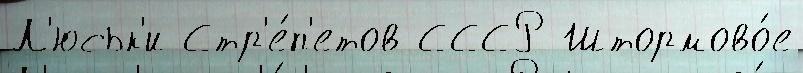
Л'юськ'и Стр'е́п'етов СССР Штормово́е